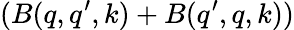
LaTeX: (B(q,q^{\prime},k)+B(q^{\prime},q,k))